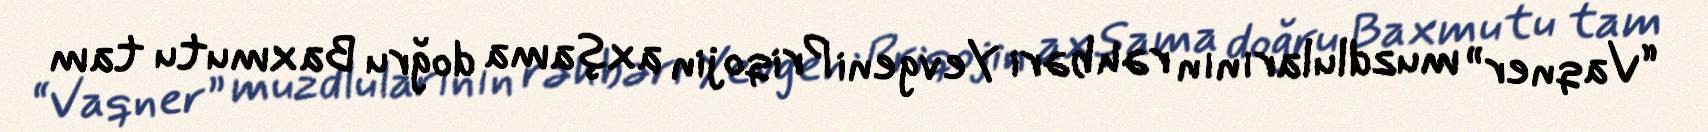
“Vaqner” muzdlularının rəhbəri Yevgeni Priqojin axşama doğru Baxmutu tam